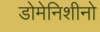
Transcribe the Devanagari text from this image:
डोमेनिशीनो